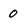
Character: 0